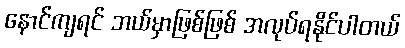
နောင်ကျရင် ဘယ်မှာဖြစ်ဖြစ် အလုပ်ရနိုင်ပါတယ်